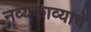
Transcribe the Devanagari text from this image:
नव्यकाव्याचे